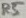
Text: R5